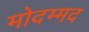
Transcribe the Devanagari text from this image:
मोदम्मद